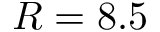
R = 8 . 5